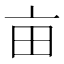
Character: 亩